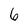
Character: 6